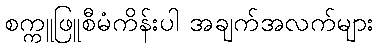
စက္ကူဖြူစီမံကိန်းပါ အချက်အလက်များ